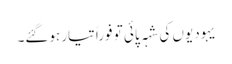
یہودیوں کی شہہ پائی تو فوراً تیار ہوگئے۔